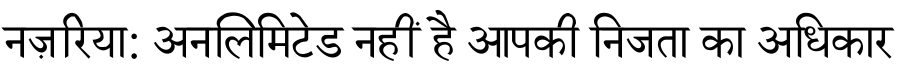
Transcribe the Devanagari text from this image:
नज़रिया: अनलिमिटेड नहीं है आपकी निजता का अधिकार